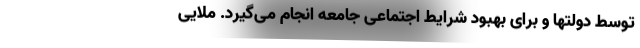
توسط دولتها و برای بهبود شرایط اجتماعی جامعه انجام می‌گیرد. ملایی